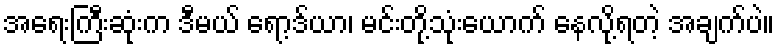
အရေးကြီးဆုံးက ဒီမယ် ရော့ဒ်ယာ၊ မင်းတို့သုံးယောက် နေလို့ရတဲ့ အချက်ပဲ။